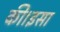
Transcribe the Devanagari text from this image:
की।इसा